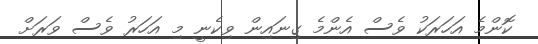
ކޮންމެ އަހަރަކު ވެސް އެންމެ ގިނައިން ވިކެނީ މި އަހަރު ވެސް ވަރަށް